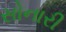
સોનારી